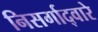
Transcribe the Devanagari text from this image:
निसर्गाद्वारे